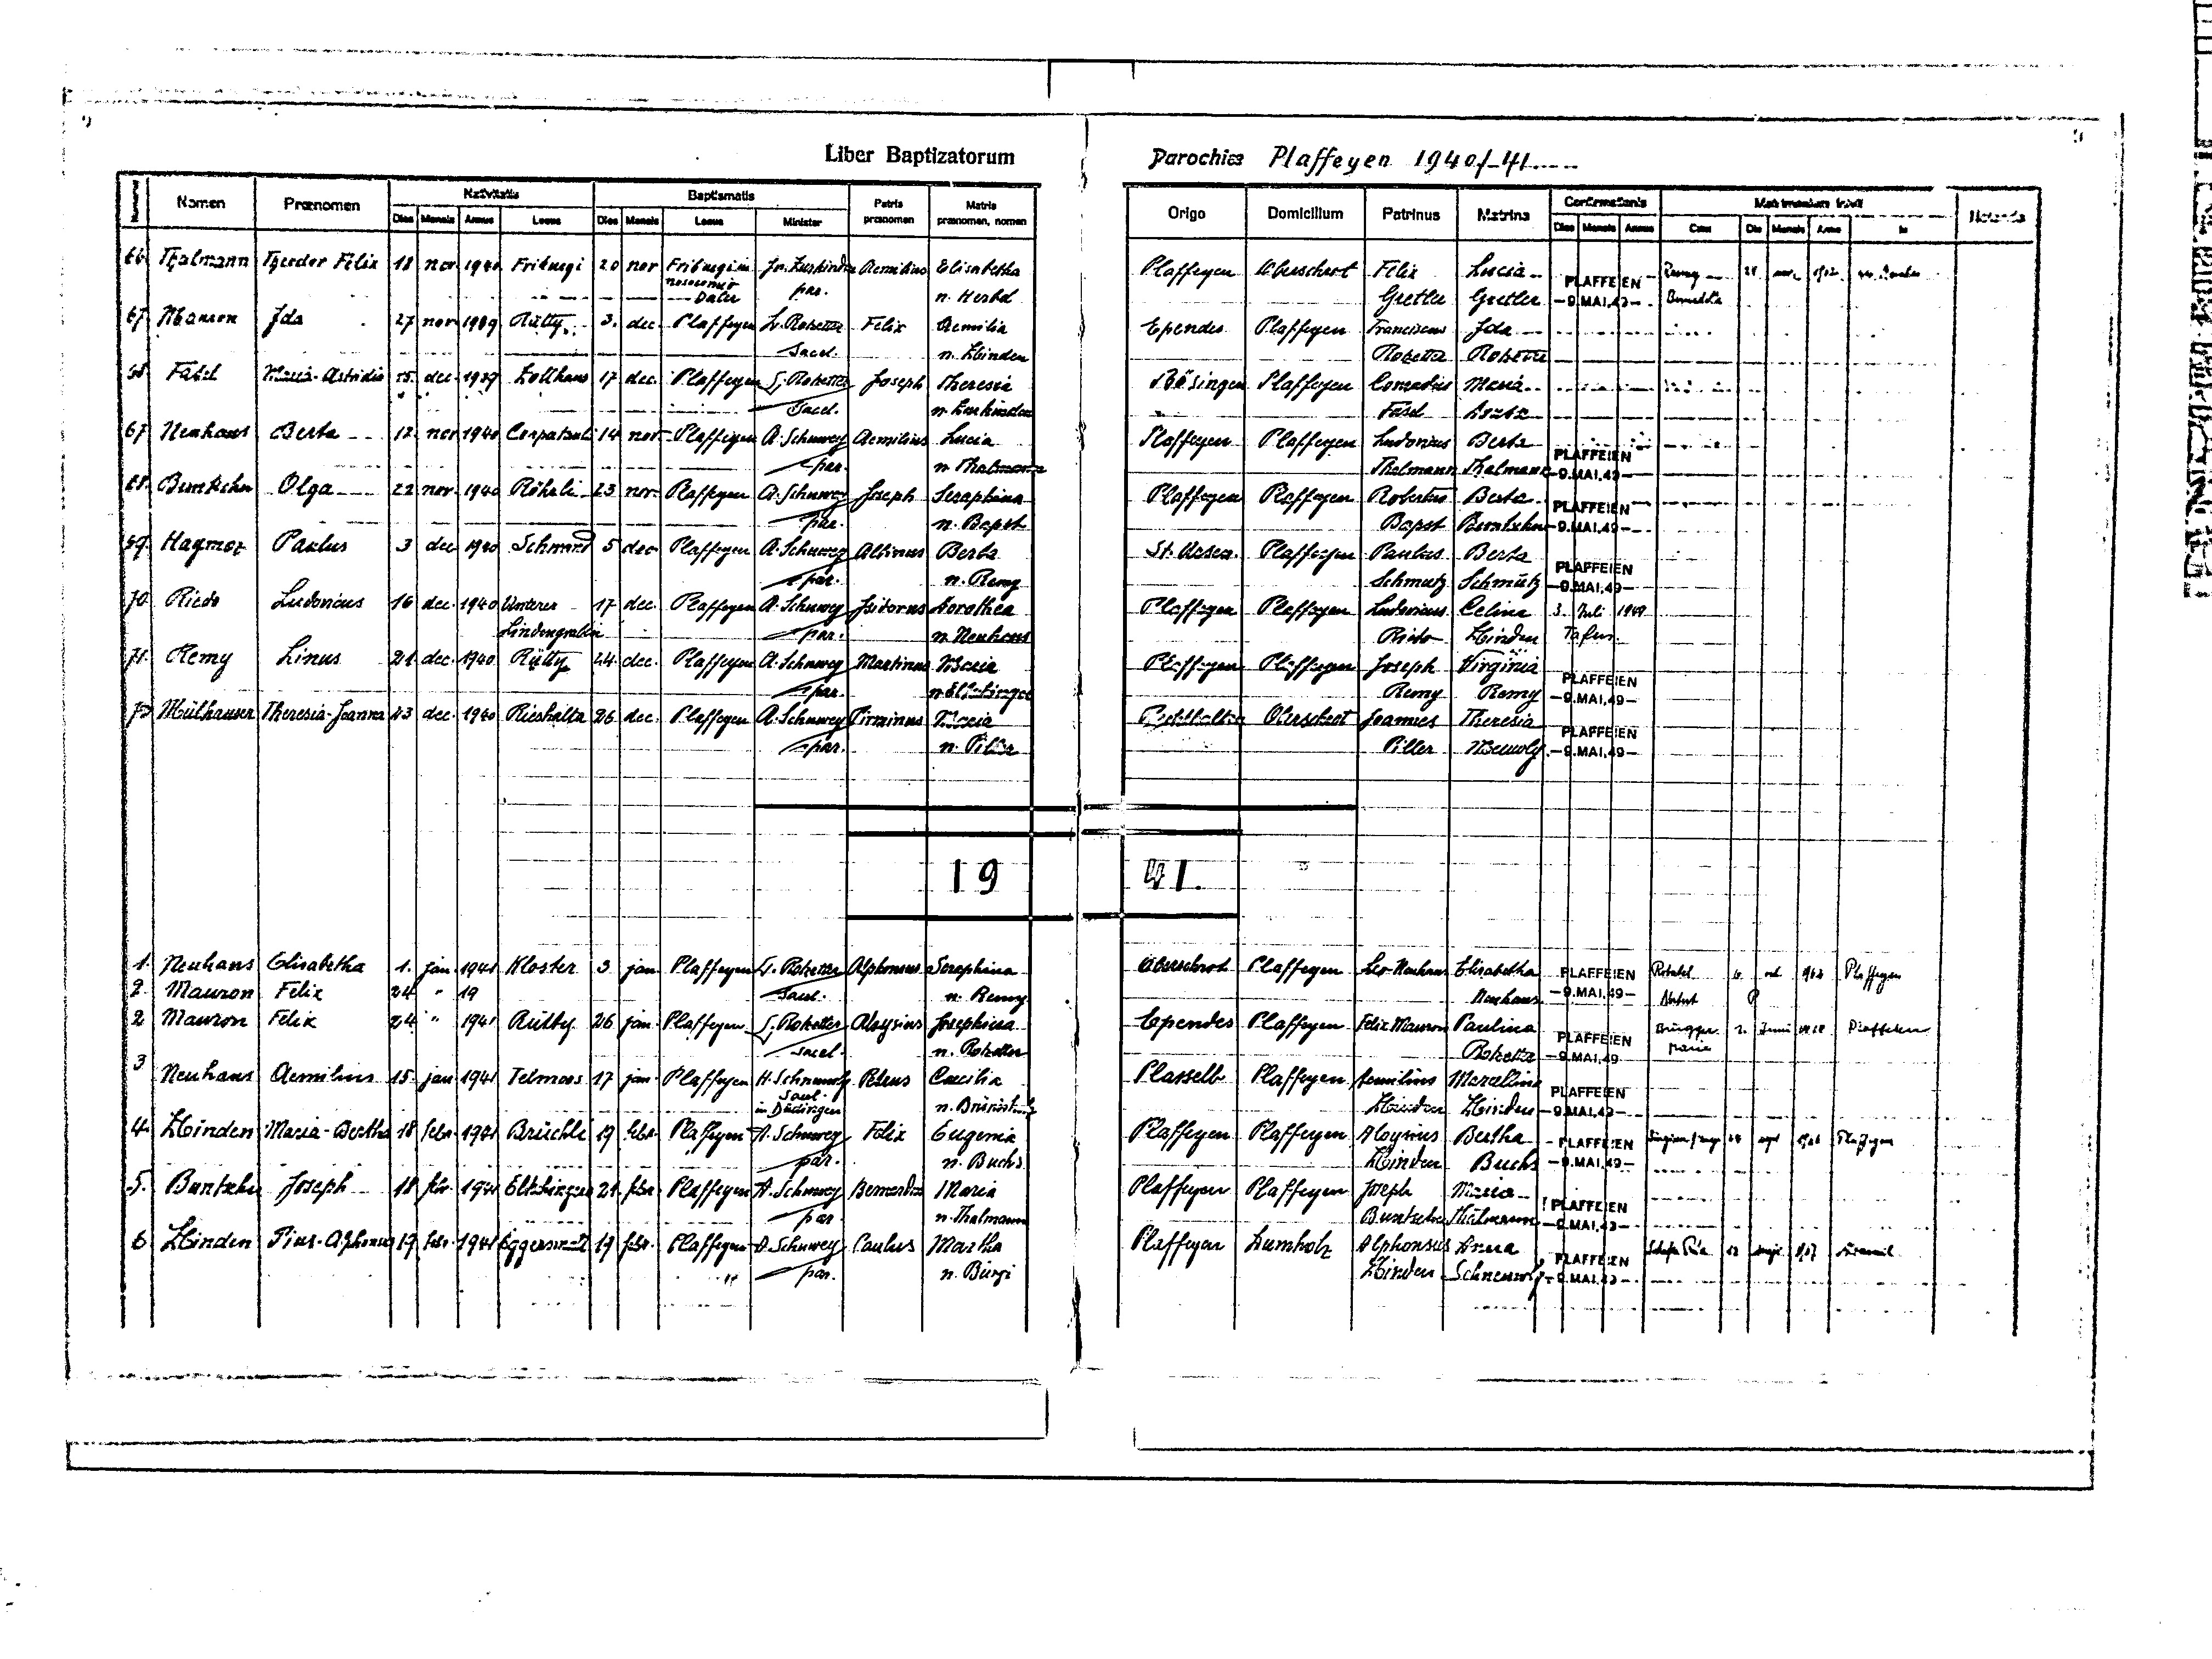
9
Liber Baptizatorum
Parochiae Plaffeyen 1940 / 41
Matris
Nativitatis
Baptismatis
Confirmationis
Patris
Matrimonium inivit
Nomen Praenomen Dies Mensis Annus
Origo
Notanda
in
praenomen praenomen, nomen
Dies Mensis
Domicilium Patrinus Matrina Dies Mensis Annus Locus
Locus
Minister
Locus
Dies Mensis Annus
66 Thalmann Theodor Felix 18 nov 1940 Friburgi 20 nov Friburgi in Jos. Zurkinden Aemilius Elisabetha
Remy 24 nov. 1962 les Marches
Plaffeyen Oberschrot Felix Lucia PLAFFEIEN
nosocomio
par.
Daler
n. Herbel
Gretler Gretler -9.MAI.49- Bernadette
67 Mauron Ida
27 nov 1939 Rütty 3. dec. Plaffeyen L. Rotzetter Felix Aemilia
Ependes Plaffeyen Franciscus Ida
sacel.
n. Zbinden
Rotzetter Rotzetter
68 Fasel Maria-Astridia 15 dec 1939 Zollhaus 17 dec. Plaffeyen L. Rotzetter Joseph Theresia
Bösingen Plaffeyen Conradus Maria
Sacel.
n. Zurkinden
Fasel Dousse
67 Neuhaus Berta 12 nov. 1940 Corpatauli 14 nov. Plaffeyen A. Schuwey Aemilius Lucia
Plaffeyen Plaffeyen Ludovicus Bertha
PLAFFEIEN
par.
n. Thalmann
Thalmann Thalmann -9.MAI.49-
68 Buntschu Olga 22 nov. 1940 Röhrli 23 nov Plaffeyen A. Schuwey Joseph Seraphina
Plaffeyen Plaffeyen Robertus Berta PLAFFEIEN
par
n. Bapst
Bapst Buntschu -9.MAI.49-
69 Haymoz Paulus 3 dec. 1940 Schwarz 5 dec. Plaffeyen A. Schuwey Albinus Berta
St. Ursen Plaffeyen Paulus Berta
PLAFFEIEN
par.
n. Remy
Schmutz Schmutz -9.MAI.49-
70. Riedo Ludovicus 16 dec. 1940 Unterer 17 dec Plaffeyen A. Schuwey Isidorus Dorothea
Plaffeyen Plaffeyen Ludovicus Celina 3 Juli 1949
Lindengraben
par
Riedo Zbinden Tafers
n. Neuhaus
71. Remy Linus 21 dec. 1940 Rütty 24 dec Plaffeyen A. Schuwey Martinus Maria
Plaffeyen Plaffeyen Joseph Virginia
PLAFFEIEN
par
n. Eltschinger
Remy Remy -9.MAI.49-
72 Mülhauser Theresia-Joanna 23 der. 1940 Rieshalta 26 dec Plaffeyen A. Schuwey Pirminus Maria
Rechthalten Oberschrot Joannes Theresia
PLAFFEIEN
par.
n. Piller
Piller Meuwly -9.MAI.49-
41
19
1. Neuhaus Elisabetha 1 jan 1941 Kloster 3 jan Plaffeyen A. Rotzetter Alphonsus Seraphina
Oberschrot Plaffeyen Leo Neuhaus Elisabetha PLAFFEIEN Robatel 6 oct. 1962 Plaffeyen
2 Mauron Felix
24 " 19
-9.MAI.49- Norbert
sacel.
n. Remy
Neuhaus
24 "
2 Mauron Felix
1941 Rütty 26 jan. Plaffeyen L. Rotzetter Aloysius Josephina
Ependes Plaffeyen Felix Mareron Paulina PLAFFEIEN
Brügger 1. Juni 1968 Plaffeyen
n. Rotzetter
sacel.
Rotzetter -9.MAI.49- Maria
3
Neuhaus Aemilius 15 jan. 1941 Telmoos 17 jan. Plaffeyen H. Schneuwly Petrus Caecilia
Plasselb Plaffeyen Aemilius Marcellina PLAFFEIEN
Sacel.
n. Brünisholz
Zbindes Zbinden -9.MAI.49-
in Düdingen
4. Zbinden Maria-Bertha 18 febr 1941 Brüchli 19 febr Plaffeyen A. Schuwey Felix Eugenia
Plaffeyen Plaffeyen Aloysius Bertha PLAFFEIEN Bürgisser Maurge 24 sept. 1966 Plaffeyen
par.
n. Buchs
Zbinden Buchs -9.MAI.49-
5. Buntschu Joseph 18 febr. 1941 Eltshingera 21 febr Plaffeyen A. Schuwey Bernardus Maria
Plaffeyen Plaffeyen Joseph Maria PLAFFEIEN
par
n. Thalmann
Buntschu Thalmann -9.MAI.49-
6 Zbinden PiusAlphonsus 19 febr. 1941 Eggersmatt 19 febr. Plaffeyen A. Schuwey Paulus Martha
Plaffeyen Zumholz Alphonsus Anna PLAFFEIEN Schafer Rita 18 maiji 1967 Alteswil
par
n. Bürgi
Zbindens Schneuwly -9.MAI.49-